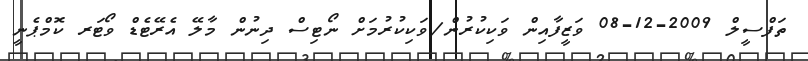
ތަފްސީލް 2009-12-08 ވަޒީފާއިން ވަކިކުރުން/ވަކިކުރުމަށް ނޯޓިސް ދިނުން މާލޭ އެރޭޓެޑް ވޯޓަރ ކޮމްޕެނީ